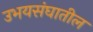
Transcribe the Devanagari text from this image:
उभयसंघातील